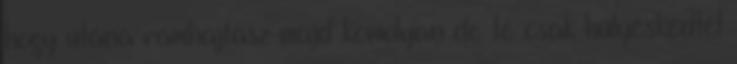
hogy utána rámhajtasz majd komolyan de te csak hülyéskedtél